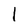
Character: l